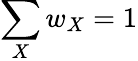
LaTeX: \sum_{X}w_{X}=1